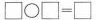
\Box \bigcirc \Box =\Box